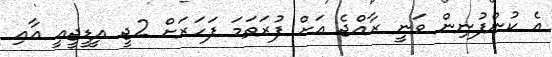
އެ ކުންފުނިން ވަނީ ރާއްޖެ އަށް ފުރަތަމަ ފަހަރަށް 2ޖީ އީޑީޖީއީ އާއި